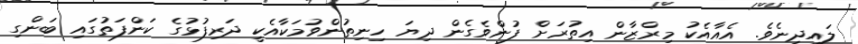
ލައިދިނެވެ. އެއާއެކު މިރްޒާން އިތުރަށް ފުންވެގެން ދިޔަ ހިނިތުންވުމަކާއެކީ ދަރިފުޅުގެ ކަންފަތުގައި ބަންގި